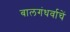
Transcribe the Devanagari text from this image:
बालगंधर्वाचें